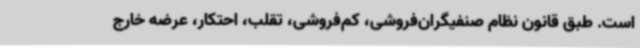
است. طبق قانون نظام صنفیگران‌فروشی، کم‌فروشی، تقلب، احتکار، عرضه خارج